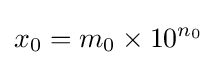
x_{0}=m_{0}\times 10^{n_{0}}